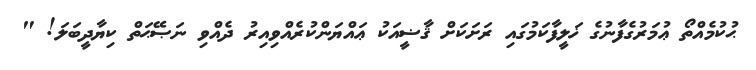
ޙުކުމެއްތޯ ޢުމަރުގެފާނުގެ ޚަލީފާކަމުގައި ރަށަކަށް ޤާޟީއަކު ޢައްޔަންކުރެއްވިއިރު ދެއްވި ނަޞޭޙަތް ކިޔާދީބަލަ! "